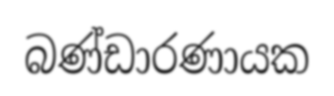
බණ්ඩාරණායක